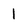
Character: 1